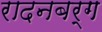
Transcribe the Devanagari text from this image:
रादनबर्ग